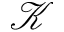
\mathcal { K }